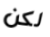
لكن